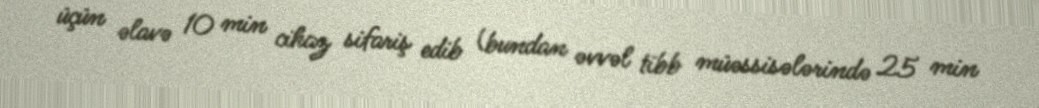
üçün əlavə 10 min cihaz sifariş edib (bundan əvvəl tibb müəssisələrində 25 min